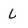
Character: L